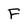
Character: F